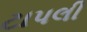
ટાપલી